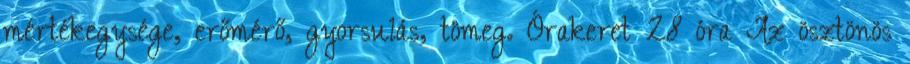
mértékegysége, erőmérő, gyorsulás, tömeg. Órakeret 28 óra Az ösztönös